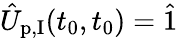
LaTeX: \hat{U}_{\textrm{p,I}}(t_{0},t_{0})=\hat{1}